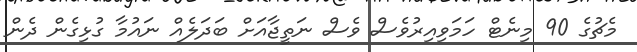
މެޗުގެ 90 މިނެޓް ހަމަވިއިރުވެސް ވެސް ނަތީޖާއަށް ބަދަލެއް ނައުމާ ގުޅިގެން ދެން